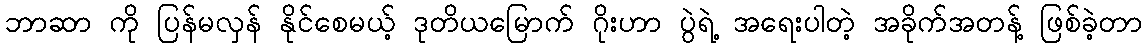
ဘာဆာ ကို ပြန်မလှန် နိုင်စေမယ့် ဒုတိယမြောက် ဂိုးဟာ ပွဲရဲ့ အရေးပါတဲ့ အခိုက်အတန့် ဖြစ်ခဲ့တာ